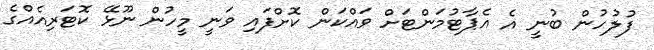
ފުލުހުން ބުނީ އެ އެޕާޓުމަންޓަށް ވައްކަން ކޮށްފައި ވަނީ މީހުން ނޫޅޭ ކޮޓަރިއެއްގެ